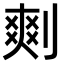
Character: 𠞮